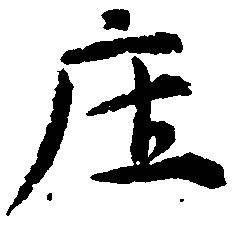
庄